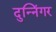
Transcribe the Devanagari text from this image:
दुन्निंगर